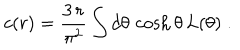
LaTeX: c ( r ) = \frac { 3 \, r } { \pi ^ { 2 } } \int d \theta \, \cosh \theta \, L ( \theta ) \; .